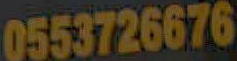
0553726676